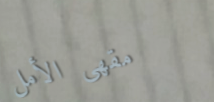
مقهى الأمل